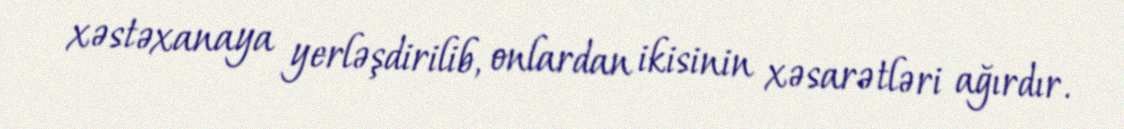
xəstəxanaya yerləşdirilib, onlardan ikisinin xəsarətləri ağırdır.